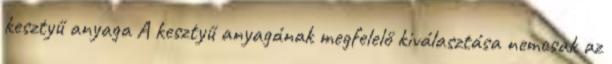
kesztyű anyaga A kesztyű anyagának megfelelő kiválasztása nemcsak az